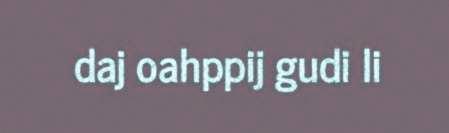
daj oahppij gudi li